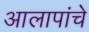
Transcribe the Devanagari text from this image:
आलापांचे